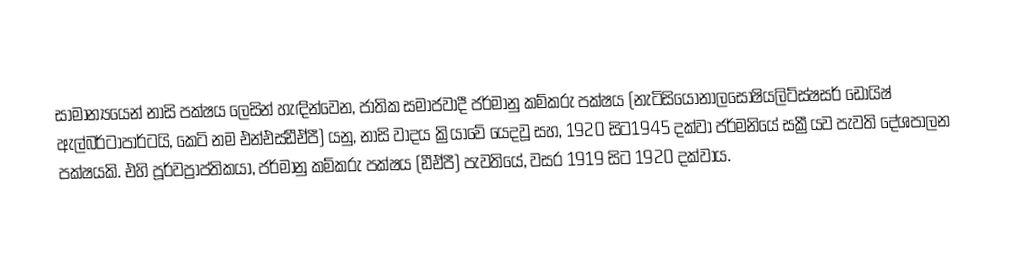
සාමාන්‍යයෙන්  නාසි පක්ෂය  ලෙසින් හැඳින්වෙන, ජාතික සමාජවාදී ජර්මානු කම්කරු පක්ෂය (නැටිසියොනාලසෝෂියලිට්ස්ෂසර් ඩොයිෂ් ඇල්බර්ටාපාර්ටයි, කෙටි නම එන්එස්ඩීඒපී) යනු, නාසි වාදය ක්‍රියාවේ යෙදවූ සහ,  1920 සිට1945 දක්වා ජර්මනියේ සක්‍රීයව පැවති දේශපාලන පක්ෂයකි. එහි  පූර්වප්‍රාප්තිකයා, ජර්මානු කම්කරු පක්ෂය (ඩීඒපී) පැවතියේ,  වසර 1919 සිට 1920 දක්වාය.